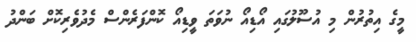
މީގެ އިތުރުން މި އުސޫލުގައި އޯޑިއޯ ނުވަތަ ވީޑިއޯ ކޮންފަރެންސް މެދުވެރިކޮށް ބަންދު